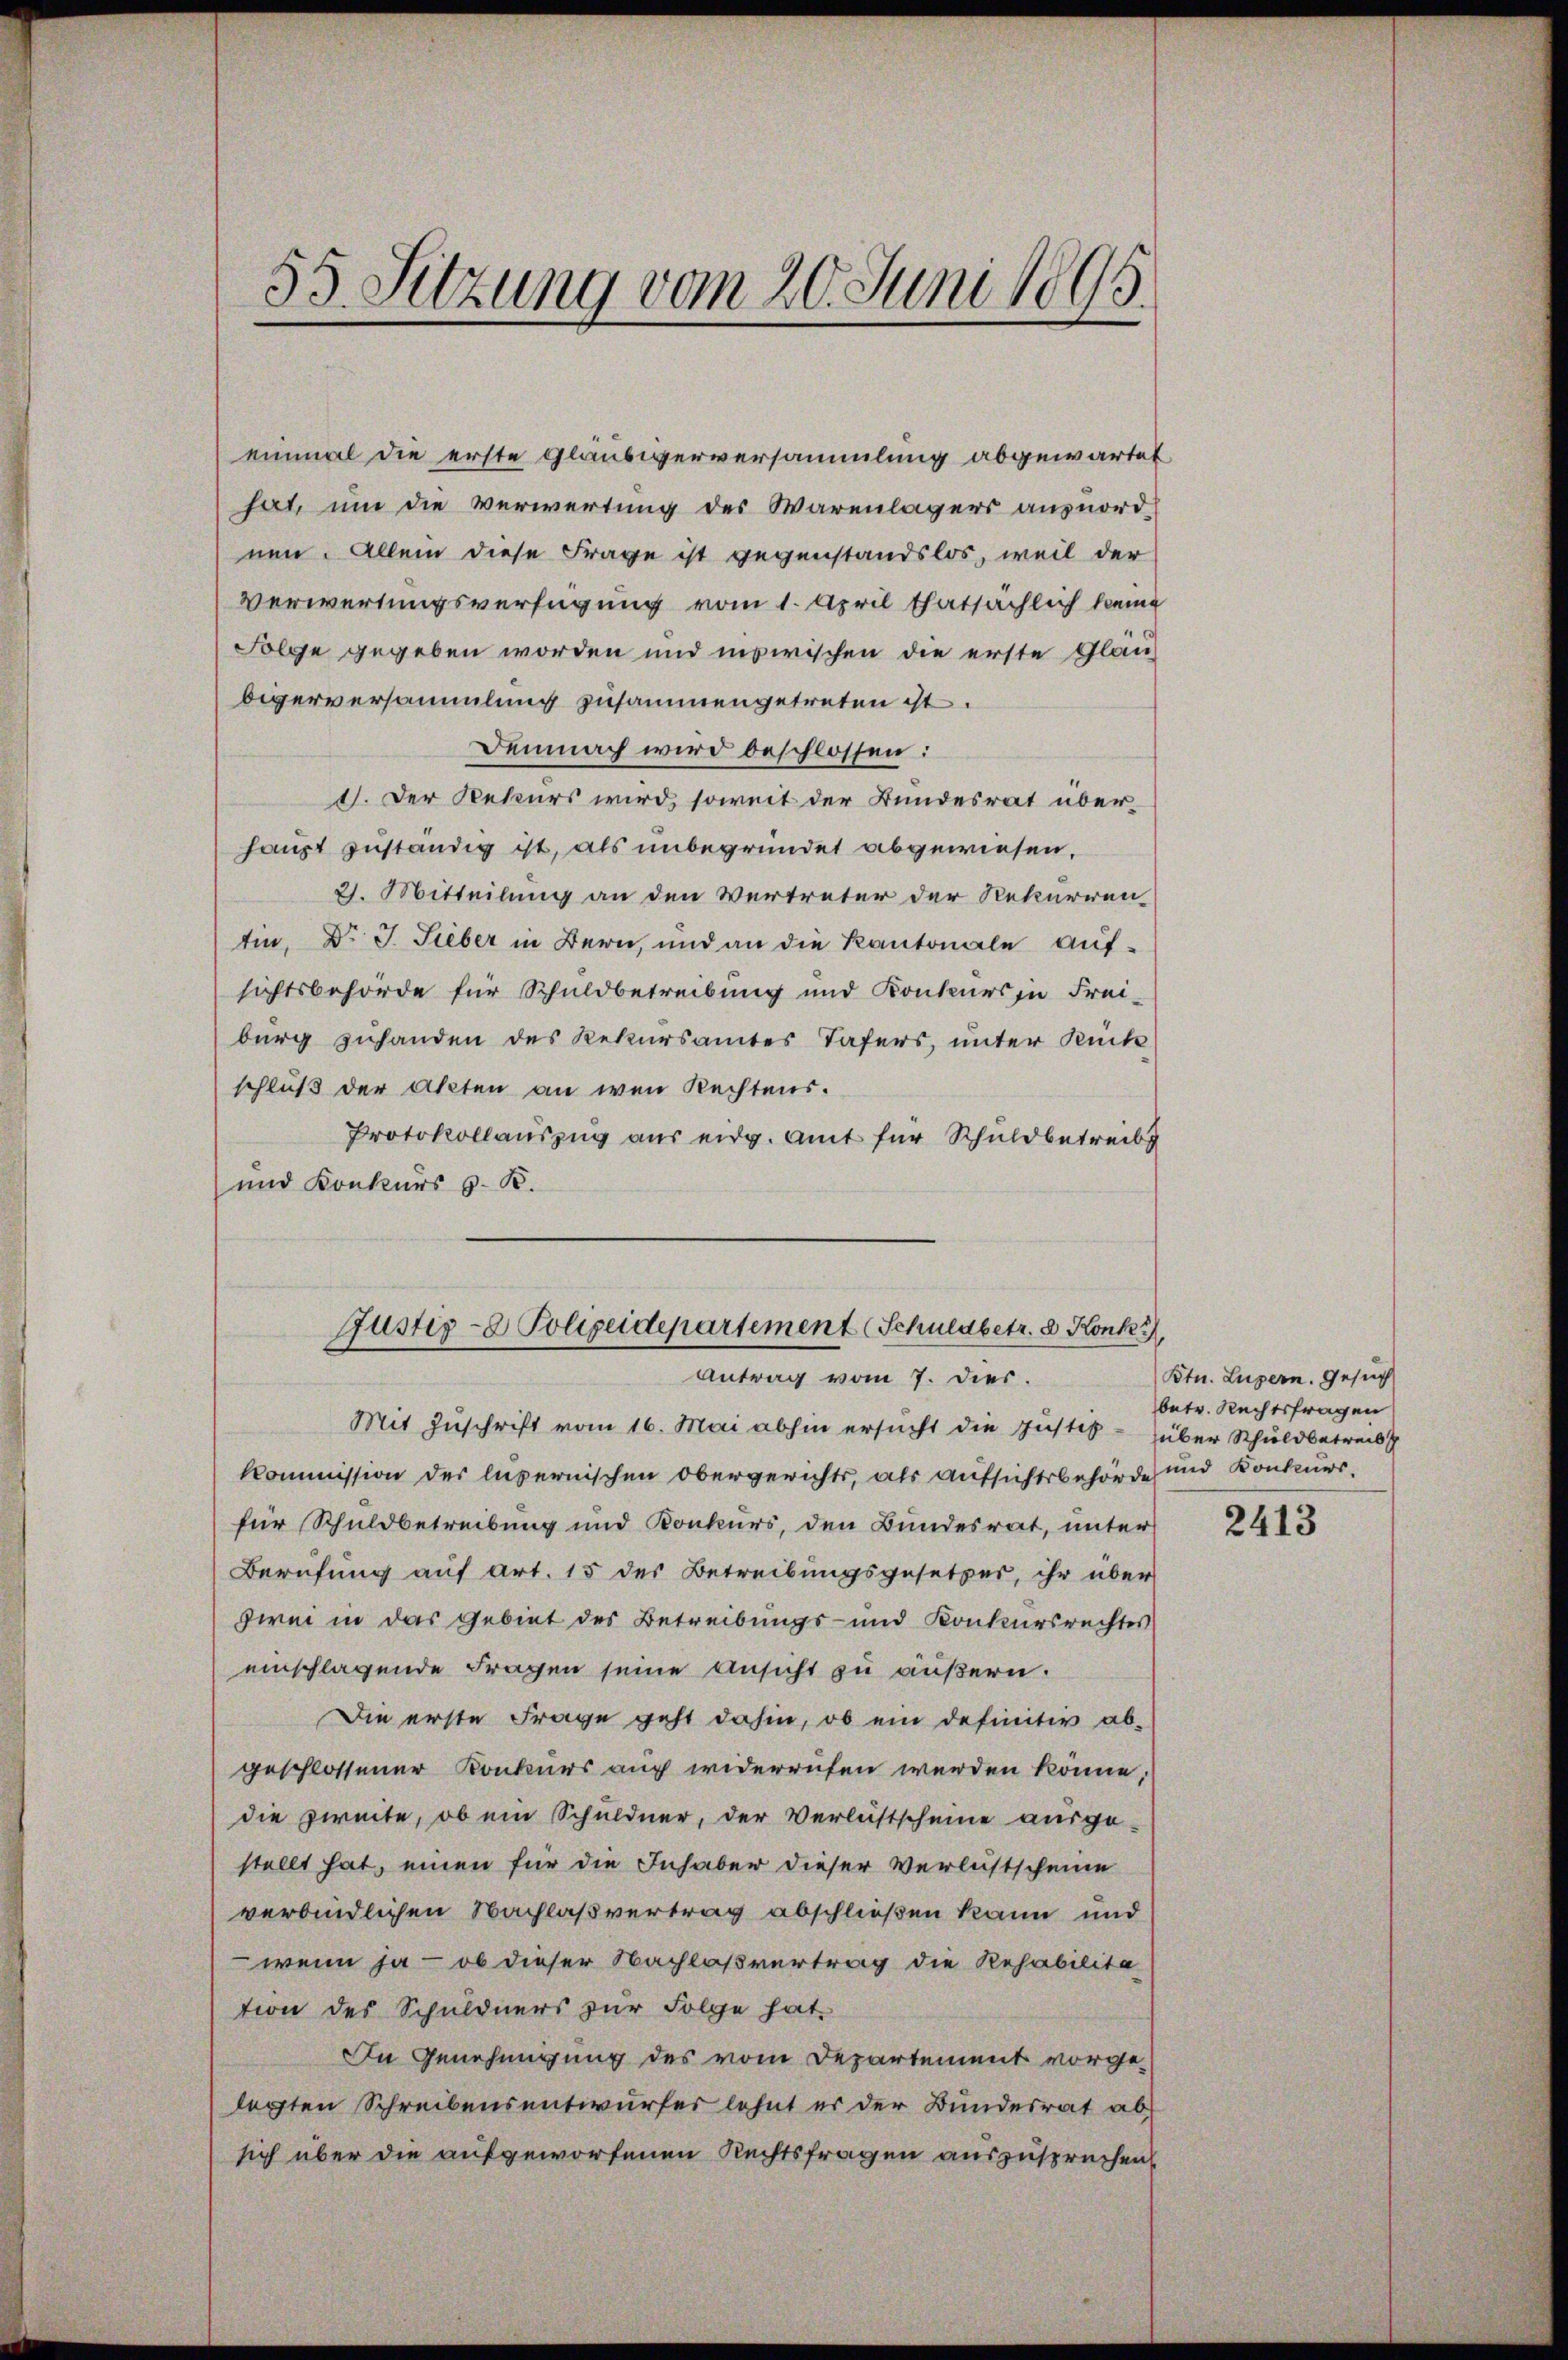
55 Sitzung vom 20. Juni 1895.

einmal die erste Gläubigerversammlung abgewartet
hat, um die Verwertung des Warenlagers ausnordnen. Allein diese Frage ist gegenstandslos, weil der
Verwertungsverfügung vom 1. April thatsächlich keine
Folge gegeben worden und inzwischen die erste Glanbigerversammlung zusammengetreten ist.
Demnach wird beschlossen:
I. Der Rekurs wird, soweit der Bundesrat über-
haupt zuständig ist, als unbegründet abgewiesen,
2. Mitteilung an den Vertreter der Rekurren
tin, Dr. J. Sieber in Bern, und an die Kantonale aufsichtsbehörde für Schuldbetreibung und Konkurs zu Frei-
burg zuhanden des Rekursamtes Tafers, unter Rück
schluß der Akten an wen Rechtens.
Protokollauszug aus eidg. Amt für Schuldbetreibt
und Konkurs z. B.

Justiz- & Polizeidepartement (Schuldbetr. d. Konk
Antrag vom 7. dies.

Mit Zuschrift vom 16. Mai abhin ersucht die Instit
Kommission der luzernischen Obergerichts, als Aufsichtsbehörde
für Schuldbetreibung und Konkurs, den Bundesrat, unter
Berufung auf Art. 15 des Betreibungsgesetzer, ihr über
zwei in das Gebiet des Betreibungs- und Konkursrechtes
einschlagende Fragen seine Ansicht zu äußern.
Die erste Frage geht dahin, ob ein definitiv abgeschlossener Konkurs auch widerrufen werden könne,
die zweite, ob ein Schuldner, der Verlustscheine ausge-
stellt hat, einen für die Inhaber dieser Verlustscheine
verbindlichen Nachlaßvertrag abschließen kann und
wenn ja — ob dieser Nachlaßvertrag die Rehabilitätion des Schuldners zur Folge hat.
In Genehmigung des vom Departement vorgelegten Schreibensentwurfes lehnt er der Bundesrat absich über die aufgeworfenen Rechtsfragen auszusprechen

Btn. Luzern. Gesuch
betr. Rechtsfragen
über Schuldbetreib
und Konkurs.

2413